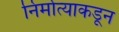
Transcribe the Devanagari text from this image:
निर्मात्याकडून